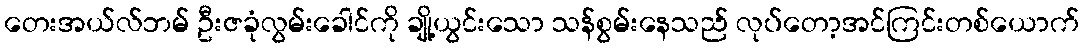
တေးအယ်လ်ဘမ် ဦးဇခုံလွမ်းခေါင်ကို ချို့ယွင်းသော သန်စွမ်းနေသည် လုပ်တော့အင်ကြင်းတစ်ယောက်